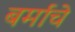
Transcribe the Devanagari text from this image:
बर्माचे